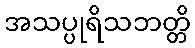
အသပ္ပုရိသဘတ္တိ